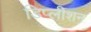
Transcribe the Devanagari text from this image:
डिप्लीशन